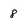
Character: 8